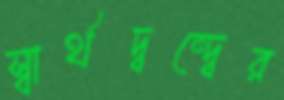
স্বার্থদ্বন্দ্বের